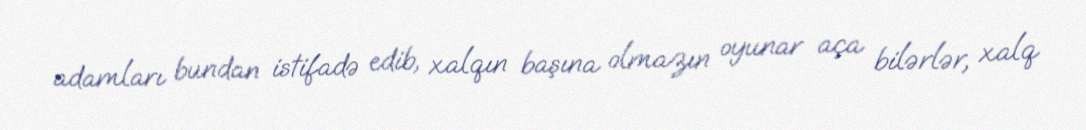
adamları bundan istifadə edib, xalqın başına olmazın oyunar aça bilərlər, xalq